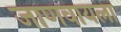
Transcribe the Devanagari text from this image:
जाणवायला